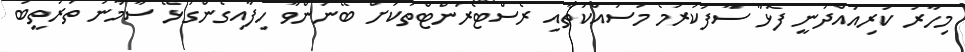
މިހާރު ކުރިއައްދަނީ ފޮޅާ ސާފުކުރުމެ މަސައްކަތާއި ރެސްޓޯރަންޓްތަކަށް ބޭނުންވާ ހިފާއިގެންގުޅޭ ސާމާނު ތަރުތީބު